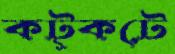
কট্‌কটে